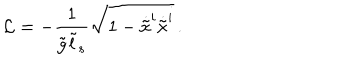
{ \cal L } = - \frac { 1 } { \tilde { g } \tilde { l } _ { s } } \sqrt { 1 - \dot { \tilde { x } } ^ { i } \dot { \tilde { x } } ^ { i } } \, .